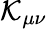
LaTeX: {\mathcal{K}}_{\mu\nu}